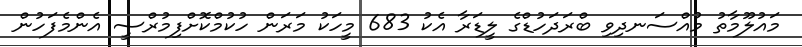
މައުލޫމާތު މުއްސަނދިވި ބްރަދަހުޑްގެ ލީޑަރާ އެކު 683 މީހަކު މަރަން ހުކުމްކޮށްފިމުރްސީ އެންމެފަހުން